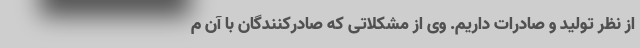
از نظر تولید و صادرات داریم. وی از مشکلاتی که صادرکنندگان با آن م